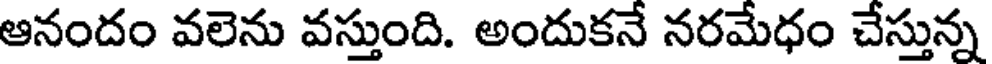
ఆనందం వలెను వస్తుంది. అందుకనే నరమేధం చేస్తున్న